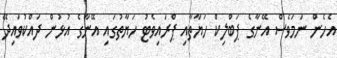
އެހެން ނަމަވެސް އޭނާގެ ޕަބްލިކް ހަޔާތާއި ޕްރައިވެޓު ހަޔާތުގައި އޭނާގެ އުޅުން ދައްކުވައިދޭ